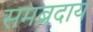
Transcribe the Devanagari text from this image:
समब्रदाय